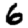
Digit: 6